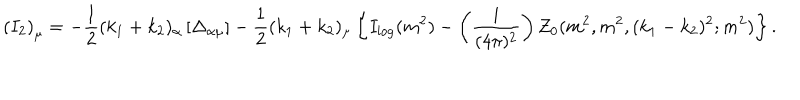
\left( I _ { 2 } \right) _ { \mu } = - \frac { 1 } { 2 } ( k _ { 1 } + k _ { 2 } ) _ { \alpha } \left[ \Delta _ { \alpha \mu } \right] - \frac { 1 } { 2 } ( k _ { 1 } + k _ { 2 } ) _ { \mu } \left\{ I _ { \log } ( m ^ { 2 } ) - \left( \frac { i } { ( 4 \pi ) ^ { 2 } } \right) Z _ { 0 } ( m ^ { 2 } , m ^ { 2 } , ( k _ { 1 } - k _ { 2 } ) ^ { 2 } ; m ^ { 2 } ) \right\} .